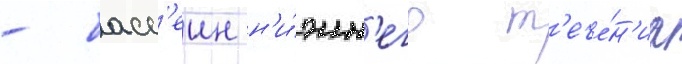
- басс'еин н'и́жн'его т'ече́н'иа